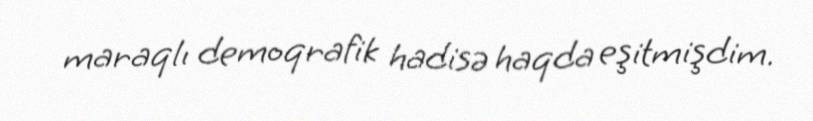
maraqlı demoqrafik hadisə haqda eşitmişdim.